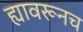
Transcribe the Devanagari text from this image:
ह्यावरूनच